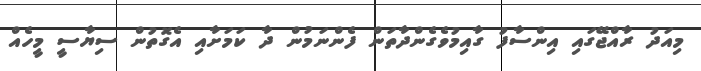
މިއަދު ރާއްޖޭގައި އިންސާފު ގާއިމުވެގެންދާތަން ފެންނަމުން ދާ ކަމަށާއި އެގޮތުން ސިޔާސީ މީހެއް